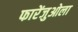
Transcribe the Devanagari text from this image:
फारेंजुओला